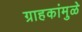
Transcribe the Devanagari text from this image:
ग्राहकांमुळे